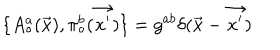
\{ A _ { \circ } ^ { a } ( \vec { x } ) , \pi _ { \circ } ^ { b } ( \vec { x ^ { \prime } } ) \} = g ^ { a b } \delta ( \vec { x } - \vec { x ^ { \prime } } )